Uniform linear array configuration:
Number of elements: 24
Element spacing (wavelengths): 0.5
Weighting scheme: blackman
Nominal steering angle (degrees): -15
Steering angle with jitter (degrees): -15.172
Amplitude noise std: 0.05
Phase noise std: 0.05

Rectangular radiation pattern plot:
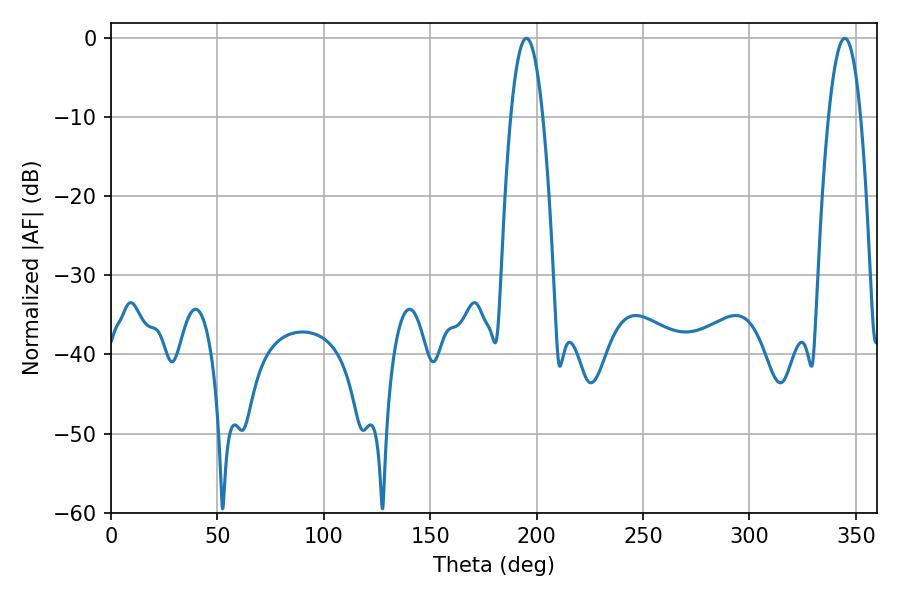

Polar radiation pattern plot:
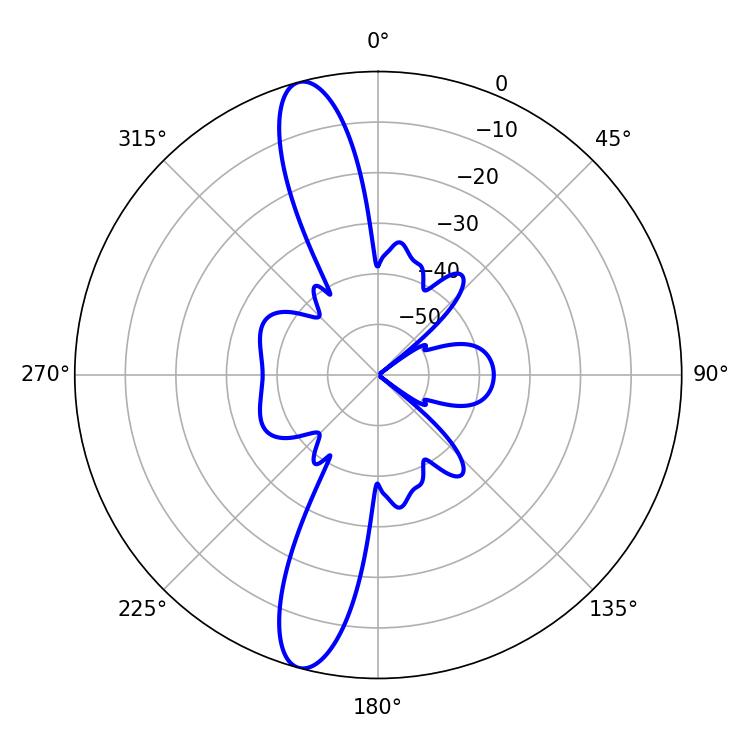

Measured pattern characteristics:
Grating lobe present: FALSE
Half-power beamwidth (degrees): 8.28
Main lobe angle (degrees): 195.12